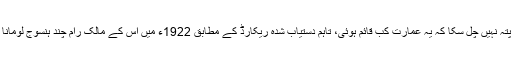
یہ تو پتہ نہیں چل سکا کہ یہ عمارت کب قائم ہوئی، تاہم دستیاب شدہ ریکارڈ کے مطابق 1922ء میں اس کے مالک رام چند ہنسوج لومانا تھے۔